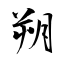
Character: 朔